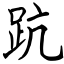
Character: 䟘